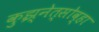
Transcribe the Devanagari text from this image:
कुझ्नेत्सोव्हा